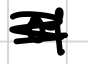
Text: of
Cross-out: scratch
Writing tool: digital_black